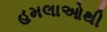
હમલાઓથી